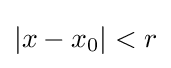
|x-x_{0}|<r